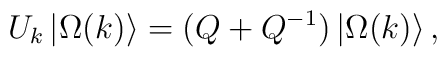
U_{k}\left| \Omega (k)\right\rangle =(Q+Q^{-1})\left| \Omega(k)\right\rangle,